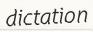
dictation